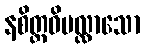
နစိတ္တဝိပလ္လာသော